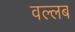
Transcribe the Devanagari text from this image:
वल्लब